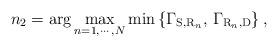
LaTeX: \begin{align*}n_2 = \arg\max\limits_{n=1, \cdots, N}\min\left\{\Gamma_{\mathrm{S}, \mathrm{R}_n}, \, \Gamma_{\mathrm{R}_n, \mathrm{D}}\right\},\end{align*}